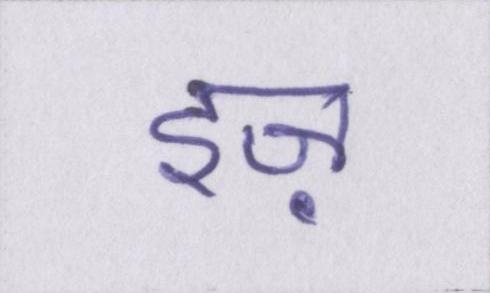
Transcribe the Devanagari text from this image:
इज़